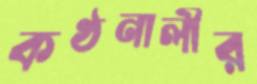
কণ্ঠনালীর